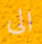
الى